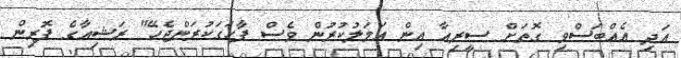
އަދި އެއްބަސްވި ގޮތަށް ސީރިއާ އިން އަމަލުކުރުން ވެސް ފާހަގަކުރަންޖެހޭ" ރަޝިއާގެ ފޮރިން